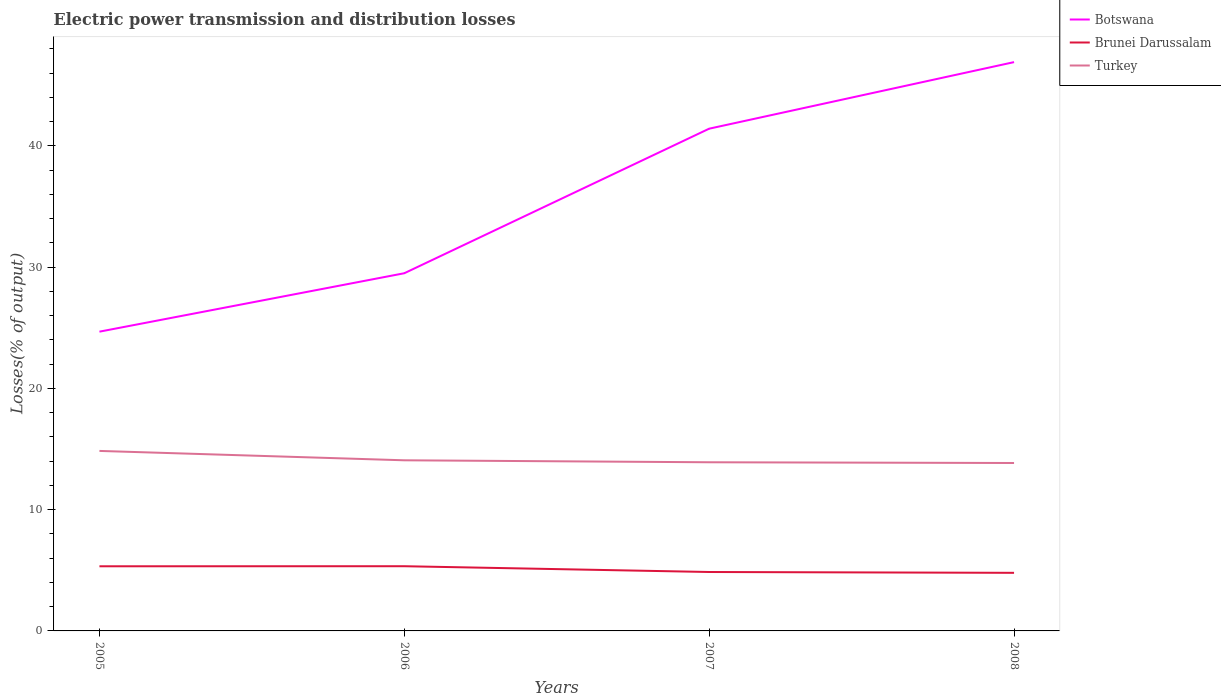
| Years | Botswana | Brunei Darussalam | Turkey |
 | --- | --- | --- | --- |
 | 2005 | 24.7 | 5.33 | 14.8 |
 | 2006 | 29.5 | 5.34 | 14.1 |
 | 2007 | 41.4 | 4.86 | 13.9 |
 | 2008 | 46.9 | 4.79 | 13.9 |